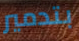
بتدمير